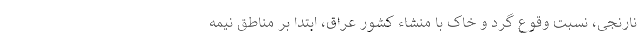
نارنجی، نسبت وقوع گرد و خاک با منشاء کشور عراق، ابتدا بر مناطق نیمه